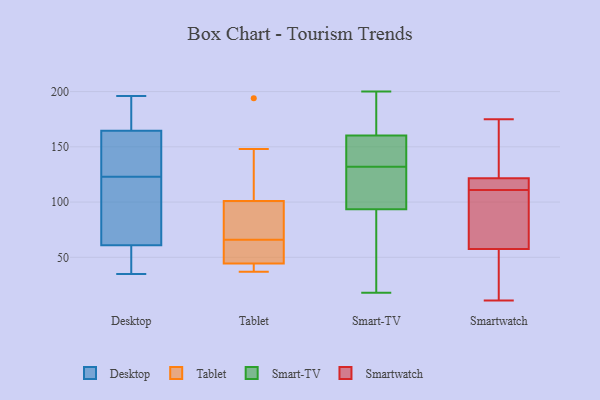
{"axis": {"x": "Bounce Rate (%)", "y": "Value"}, "legend": ["Desktop", "Smart-TV", "Smartwatch", "Tablet"], "data": [{"x": "", "y": 125, "type": "Desktop"}, {"x": "", "y": 193, "type": "Desktop"}, {"x": "", "y": 196, "type": "Desktop"}, {"x": "", "y": 35, "type": "Desktop"}, {"x": "", "y": 58, "type": "Desktop"}, {"x": "", "y": 123, "type": "Desktop"}, {"x": "", "y": 52, "type": "Desktop"}, {"x": "", "y": 143, "type": "Desktop"}, {"x": "", "y": 165, "type": "Desktop"}, {"x": "", "y": 108, "type": "Desktop"}, {"x": "", "y": 70, "type": "Desktop"}, {"x": "", "y": 76, "type": "Desktop"}, {"x": "", "y": 58, "type": "Desktop"}, {"x": "", "y": 194, "type": "Desktop"}, {"x": "", "y": 163, "type": "Desktop"}, {"x": "", "y": 66, "type": "Tablet"}, {"x": "", "y": 148, "type": "Tablet"}, {"x": "", "y": 39, "type": "Tablet"}, {"x": "", "y": 46, "type": "Tablet"}, {"x": "", "y": 37, "type": "Tablet"}, {"x": "", "y": 77, "type": "Tablet"}, {"x": "", "y": 66, "type": "Tablet"}, {"x": "", "y": 194, "type": "Tablet"}, {"x": "", "y": 109, "type": "Tablet"}, {"x": "", "y": 60, "type": "Tablet"}, {"x": "", "y": 44, "type": "Tablet"}, {"x": "", "y": 196, "type": "Smart-TV"}, {"x": "", "y": 200, "type": "Smart-TV"}, {"x": "", "y": 139, "type": "Smart-TV"}, {"x": "", "y": 90, "type": "Smart-TV"}, {"x": "", "y": 143, "type": "Smart-TV"}, {"x": "", "y": 99, "type": "Smart-TV"}, {"x": "", "y": 142, "type": "Smart-TV"}, {"x": "", "y": 18, "type": "Smart-TV"}, {"x": "", "y": 92, "type": "Smart-TV"}, {"x": "", "y": 166, "type": "Smart-TV"}, {"x": "", "y": 132, "type": "Smart-TV"}, {"x": "", "y": 171, "type": "Smart-TV"}, {"x": "", "y": 98, "type": "Smart-TV"}, {"x": "", "y": 106, "type": "Smart-TV"}, {"x": "", "y": 67, "type": "Smart-TV"}, {"x": "", "y": 49, "type": "Smartwatch"}, {"x": "", "y": 119, "type": "Smartwatch"}, {"x": "", "y": 126, "type": "Smartwatch"}, {"x": "", "y": 107, "type": "Smartwatch"}, {"x": "", "y": 175, "type": "Smartwatch"}, {"x": "", "y": 11, "type": "Smartwatch"}, {"x": "", "y": 66, "type": "Smartwatch"}, {"x": "", "y": 119, "type": "Smartwatch"}, {"x": "", "y": 124, "type": "Smartwatch"}, {"x": "", "y": 14, "type": "Smartwatch"}, {"x": "", "y": 73, "type": "Smartwatch"}, {"x": "", "y": 21, "type": "Smartwatch"}, {"x": "", "y": 111, "type": "Smartwatch"}, {"x": "", "y": 135, "type": "Smartwatch"}, {"x": "", "y": 111, "type": "Smartwatch"}, {"x": "", "y": 116, "type": "Smartwatch"}]}